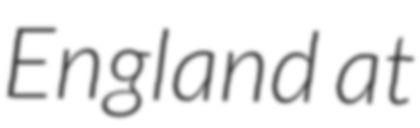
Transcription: England at